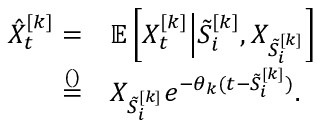
\begin{array} { r l } { \hat { X } _ { t } ^ { [ k ] } = } & { \mathbb { E } \left[ X _ { t } ^ { [ k ] } \Big | \tilde { S } _ { i } ^ { [ k ] } , X _ { \tilde { S } _ { i } ^ { [ k ] } } \right] } \\ { \stackrel { ( ) } { = } } & { X _ { \tilde { S } _ { i } ^ { [ k ] } } e ^ { - \theta _ { k } ( t - \tilde { S } _ { i } ^ { [ k ] } ) } . } \end{array}